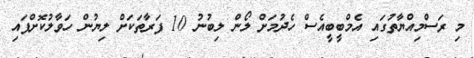
މި ރަސްމިއްޔާތުގައި އެމްބީބީއެސް ހެދުމަށް ލޯން ލިބުނު 10 ފަރާތަކަށް ލިޔުން ހަވާލުކޮށްފައި